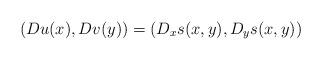
LaTeX: \begin{align*} (Du(x),Dv(y)) = (D_x s(x,y), D_y s(x,y))\end{align*}